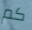
كم